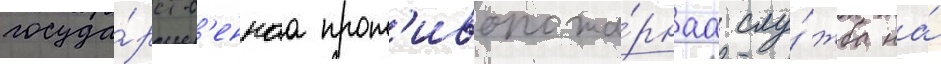
госуда́рств'еннаа прот'ивопожа́рнаа слу́жба на́